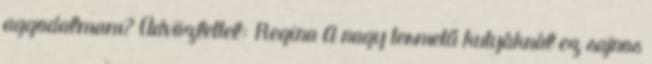
aggodalmam? Üdvözlettel: Regina A nagy termetű kutyáknál ez sajnos